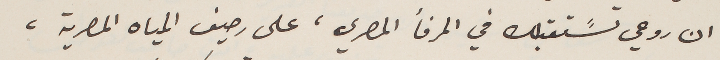
ان روحي تسًتقبلك في المرفأ المصري، على رصيف المياه المصرية،